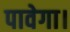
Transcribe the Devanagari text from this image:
पावेगा।